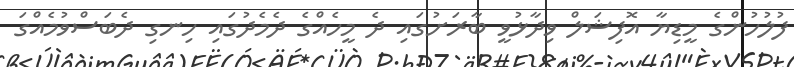
ފުލުހުންގެ މީޑިޔާ އޮފިޝަލް ވިދާޅުވީ ބާރަށުގައި ދެ މީހެއްގެ ދެމެދުގައި ހިނގި ދެބަސްވުމެއްގަ